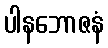
ပါနဘောဇနံ